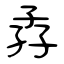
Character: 孨